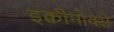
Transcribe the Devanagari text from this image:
इक्वीनोक्से